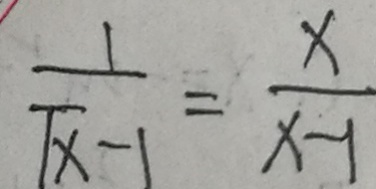
\frac { 1 } { T x - 1 } = \frac { x } { x - 1 }